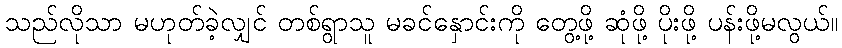
သည်လိုသာ မဟုတ်ခဲ့လျှင် တစ်ရွာသူ မခင်နှောင်းကို တွေ့ဖို့ ဆုံဖို့ ပိုးဖို့ ပန်းဖို့မလွယ်။